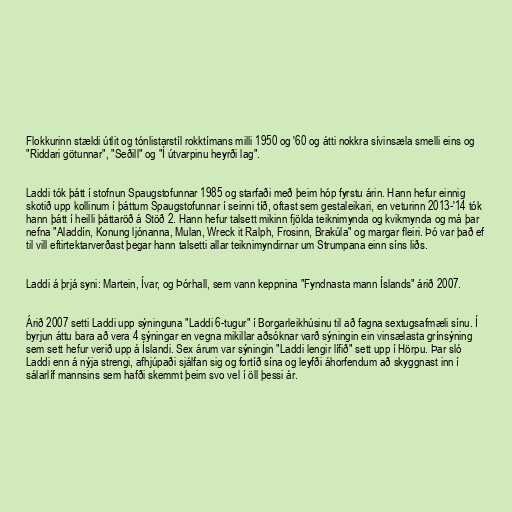
Flokkurinn stældi útlit og tónlistarstíl rokktímans milli 1950 og '60 og átti nokkra sívinsæla smelli eins og
"Riddari götunnar", "Seðill" og "Í útvarpinu heyrði lag".

Laddi tók þátt í stofnun Spaugstofunnar 1985 og starfaði með þeim hóp fyrstu árin. Hann hefur einnig
skotið upp kollinum í þáttum Spaugstofunnar í seinni tíð, oftast sem gestaleikari, en veturinn 2013-'14 tók
hann þátt í heilli þáttaröð á Stöð 2. Hann hefur talsett mikinn fjölda teiknimynda og kvikmynda og má þar
nefna "Aladdín, Konung ljónanna, Mulan, Wreck it Ralph, Frosinn, Brakúla" og margar fleiri. Þó var það ef
til vill eftirtektarverðast þegar hann talsetti allar teiknimyndirnar um Strumpana einn síns liðs.

Laddi á þrjá syni: Martein, Ívar, og Þórhall, sem vann keppnina "Fyndnasta mann Íslands" árið 2007.

Árið 2007 setti Laddi upp sýninguna "Laddi 6-tugur" í Borgarleikhúsinu til að fagna sextugsafmæli sínu. Í
byrjun áttu bara að vera 4 sýningar en vegna mikillar aðsóknar varð sýningin ein vinsælasta grínsýning
sem sett hefur verið upp á Íslandi. Sex árum var sýningin "Laddi lengir lífið" sett upp í Hörpu. Þar sló
Laddi enn á nýja strengi, afhjúpaði sjálfan sig og fortíð sína og leyfði áhorfendum að skyggnast inn í
sálarlíf mannsins sem hafði skemmt þeim svo vel í öll þessi ár.